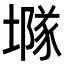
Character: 𡑖